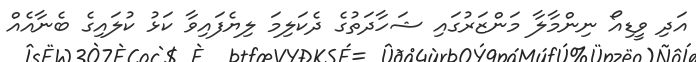
އަދި ވީޑިއޯ ނިންމާލާ މަންޒަރުގައި ޝަހާދަތުގެ ދެކަލިމަ ލިޔެފައިވާ ކަޅު ކުލައިގެ ބެނާއެއް